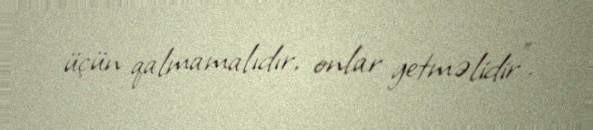
üçün qalmamalıdır, onlar getməlidir".